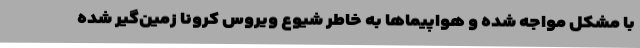
با مشکل مواجه شده و هواپیماها به خاطر شیوع ویروس کرونا زمین‌گیر شده